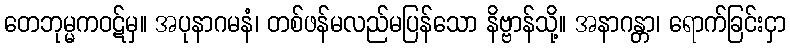
တေဘုမ္မကဝဋ်မှ။ အပုနာဂမနံ၊ တစ်ဖန်မလည်မပြန်သော နိဗ္ဗာန်သို့။ အနာဂန္တာ၊ ရောက်ခြင်းငှာ